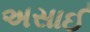
અસાઈ